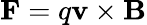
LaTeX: \mathbf{F}=q\mathbf{v}\times\mathbf{B}